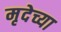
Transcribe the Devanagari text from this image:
मृदेच्या